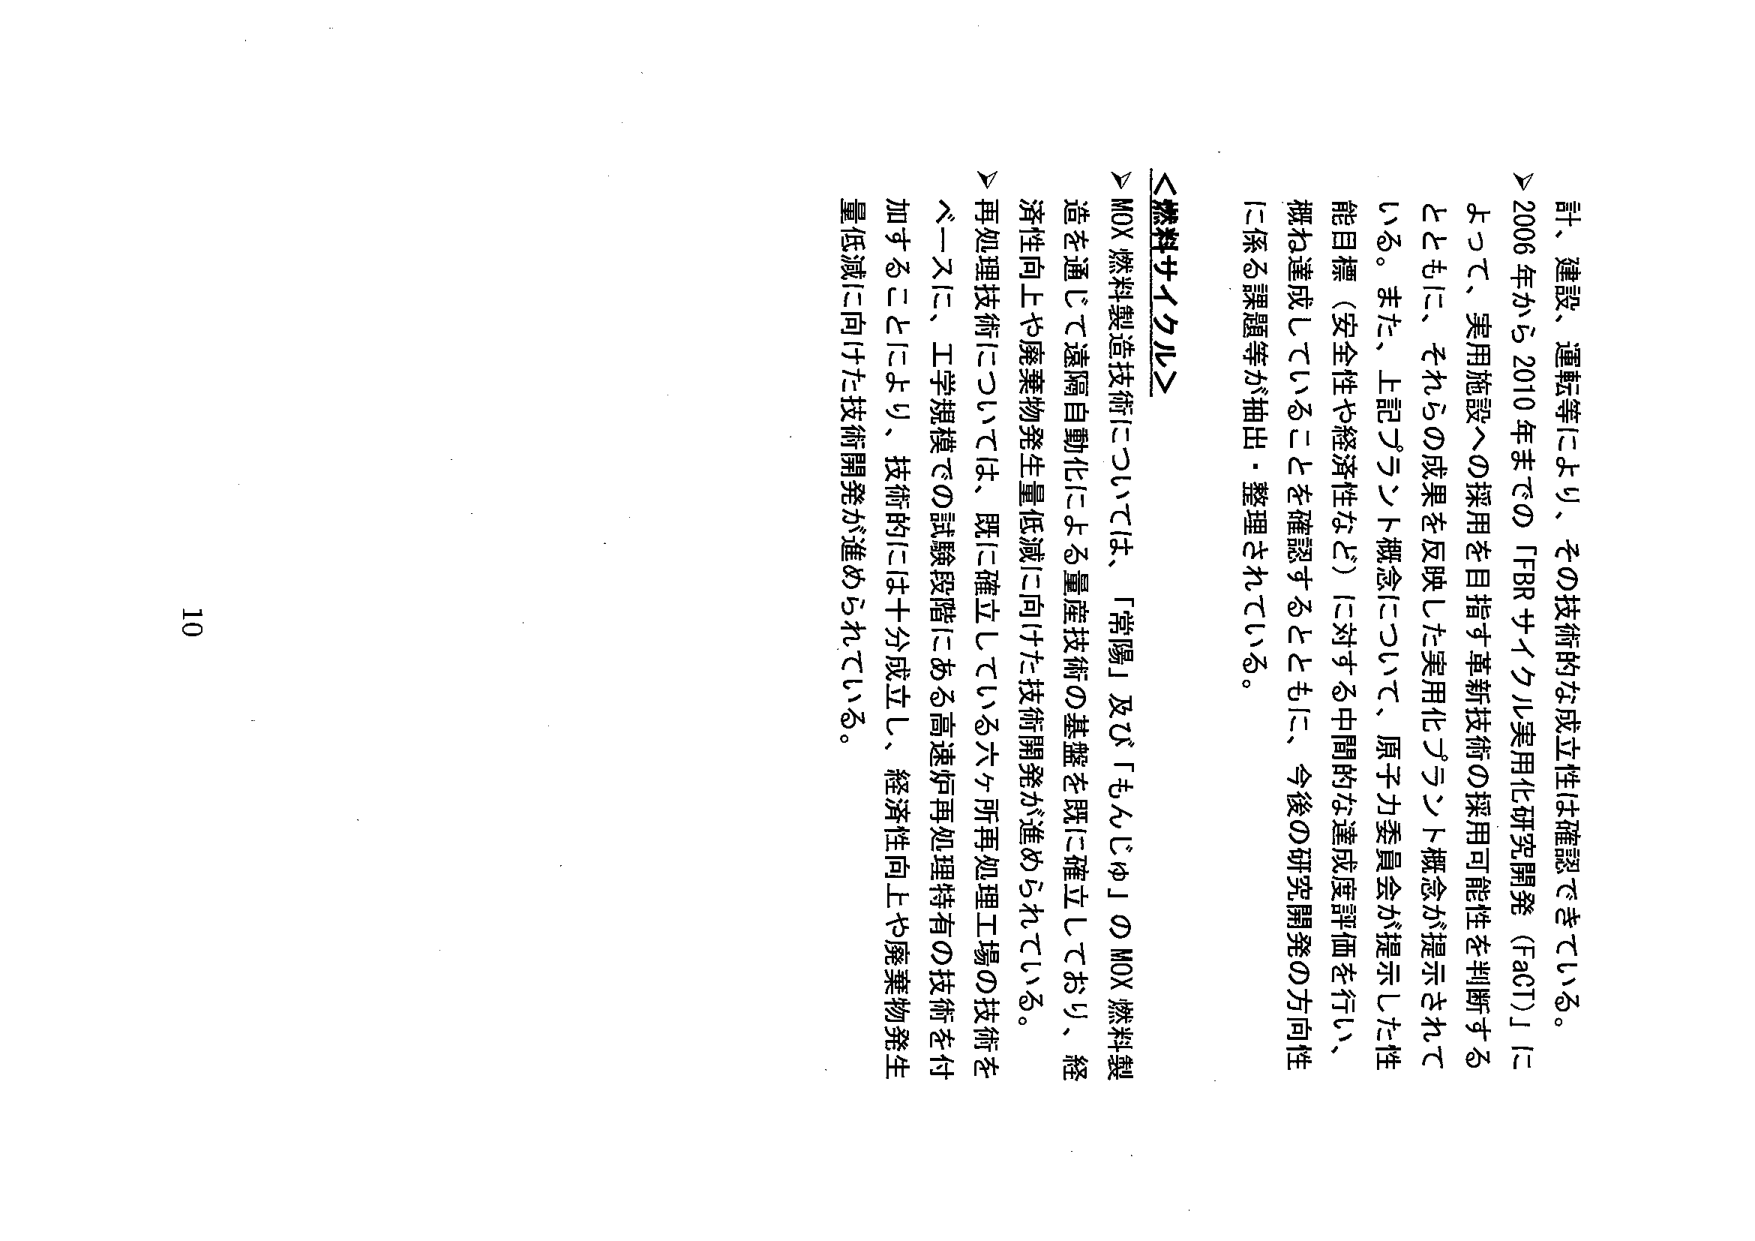
計、建設、運転等により、その技術的な成立性は確認できている。
▽2006年から2010年までの「FBRサイクル実用化研究開発（FaCT）」に
よって、実用施設への採用を目指す革新技術の採用可能性を判断する
とともに、それらの成果を反映した実用化プラン概念が提示されて
いる。また、上記プラン概念について、原子力委員会が提示した性
能目標（安全性や経済性など）に対する中間的な達成度評価を行い、
概ね達成していることを確認するとともに、今後の研究開発の方向性
に係る課題等が抽出・整理されている。

＜燃料サイクル＞
▽MOX燃料製造技術については、「常陽」及び「もんじゅ」のMOX燃料製
造を通じて遠隔自動化による量産技術の基盤を既に確立しており、経
済性向上や廃棄物発生量低減に向けた技術開発が進められている。
▽再処理技術については、既に確立している六ヶ所再処理工場の技術を
ベースに、工学規模での試験段階にある高速炉再処理特有の技術を付
加することにより、技術的には十分成立し、経済性向上や廃棄物発生
量低減に向けた技術開発が進められている。

10